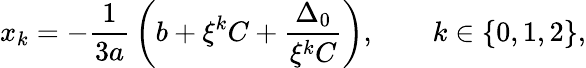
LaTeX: x_{k}=-{\frac{1}{3a}}\left(b+\xi^{k}C+{\frac{\Delta_{0}}{\xi^{k}C}}\right),\qquad k\in\{ 0,1,2\} {\mathrm{,}}